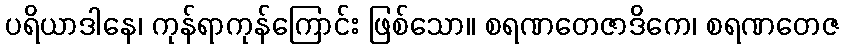
ပရိယာဒါနေ၊ ကုန်ရာကုန်ကြောင်း ဖြစ်သော။ စရဏတေဇာဒိကေ၊ စရဏတေဇ